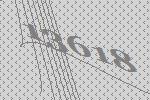
13618